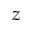
z